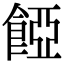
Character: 𩜄